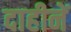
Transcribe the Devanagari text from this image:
दाहीनें